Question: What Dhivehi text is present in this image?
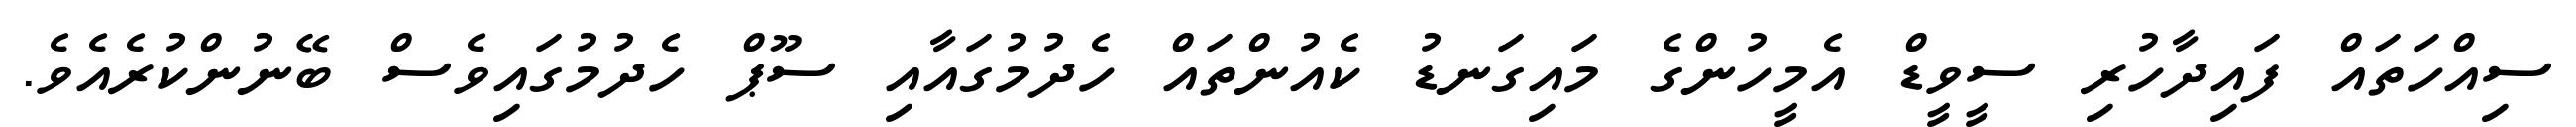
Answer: ސިއްހަތައް ފައިދާހުރި ސީވީޑް އެމީހުންގެ މައިގަނޑު ކެއުންތައް ހެދުމުގައާއި ސޫޕް ހެދުމުގައިވެސް ބޭނުންކުރެއެވެ.